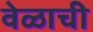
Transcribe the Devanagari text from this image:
वेळाची